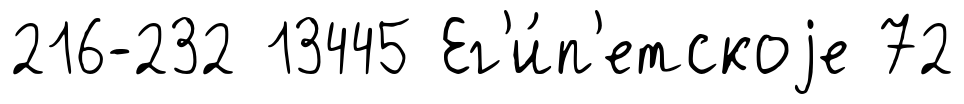
216-232 13445 Ег'и́п'етскоjе 72